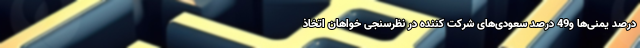
درصد یمنی‌ها و49 درصد سعودی‌های شرکت کننده در نظرسنجی خواهان اتخاذ